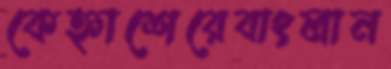
কেহ্নাশেরেবাংলান